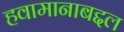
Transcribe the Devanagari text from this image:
हवामानाबद्दल